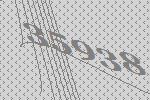
35938